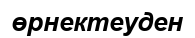
өрнектеуден